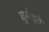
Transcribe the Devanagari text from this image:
घुसेड़ते